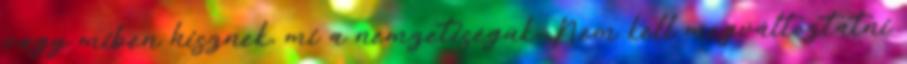
vagy miben hisznek, mi a nemzetiségük. Nem kell megváltoztatni